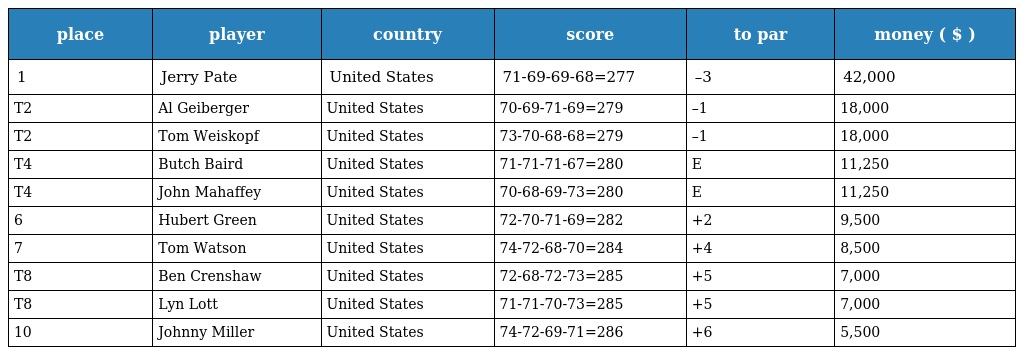
| place | player | country | score | to par | money ( $ ) |
 | --- | --- | --- | --- | --- | --- |
 | 1 | Jerry Pate | United States | 71-69-69-68=277 | –3 | 42,000 |
 | T2 | Al Geiberger | United States | 70-69-71-69=279 | –1 | 18,000 |
 | T2 | Tom Weiskopf | United States | 73-70-68-68=279 | –1 | 18,000 |
 | T4 | Butch Baird | United States | 71-71-71-67=280 | E | 11,250 |
 | T4 | John Mahaffey | United States | 70-68-69-73=280 | E | 11,250 |
 | 6 | Hubert Green | United States | 72-70-71-69=282 | +2 | 9,500 |
 | 7 | Tom Watson | United States | 74-72-68-70=284 | +4 | 8,500 |
 | T8 | Ben Crenshaw | United States | 72-68-72-73=285 | +5 | 7,000 |
 | T8 | Lyn Lott | United States | 71-71-70-73=285 | +5 | 7,000 |
 | 10 | Johnny Miller | United States | 74-72-69-71=286 | +6 | 5,500 |